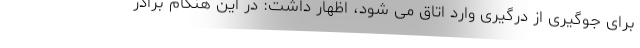
برای جوگیری از درگیری وارد اتاق می شود، اظهار داشت: در این هنگام برادر